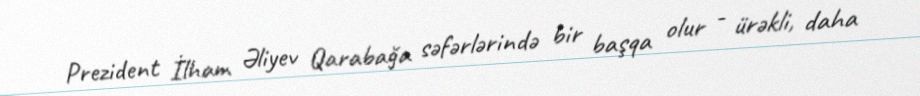
Prezident İlham Əliyev Qarabağa səfərlərində bir başqa olur - ürəkli, daha